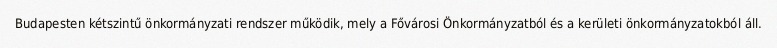
Budapesten kétszintű önkormányzati rendszer működik, mely a Fővárosi Önkormányzatból és a kerületi önkormányzatokból áll.